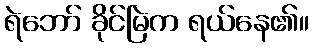
ရဲဘော် ခိုင်မြဲက ရယ်နေ၏။